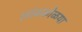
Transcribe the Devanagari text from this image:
लांबकोळया